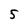
Character: 5